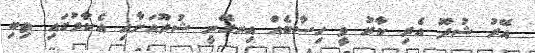
އޭރު ޝުދޫ އެރި ކާރު ވީ ހިސާބެއް އިނގޭނީ ޝުދޫއަށާއި އެކާރުގައި ތިބި